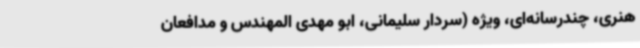
هنری، چندرسانه‌ای، ویژه (سردار سلیمانی، ابو مهدی المهندس و مدافعان